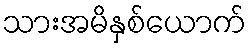
သားအမိနှစ်ယောက်